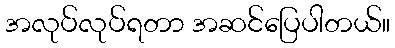
အလုပ်လုပ်ရတာ အဆင်ပြေပါတယ်။